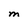
Character: M